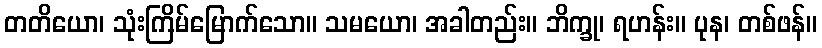
တတိယော၊ သုံးကြိမ်မြောက်သော။ သမယော၊ အခါတည်း။ ဘိက္ခု၊ ရဟန်း။ ပုန၊ တစ်ဖန်။